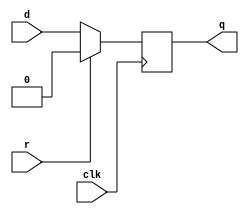
module top_module (
    input clk,
    input d, 
    input r,   // synchronous reset
    output q);

    always @(posedge clk) begin
        if(r)
            q <= 1'b0;
        else
            q <= d;
    end
endmodule